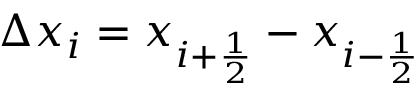
\Delta x _ { i } = x _ { i + { \frac { 1 } { 2 } } } - x _ { i - { \frac { 1 } { 2 } } }